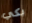
بكي